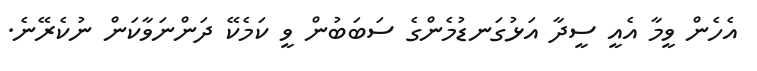
އެހެން ވީމާ އެއީ ސީދާ އަޅުގަނޑުމެންގެ ސަބަބުން ވީ ކަމެކޭ ދަންނަވާކަން ނުކެރޭނެ.